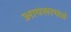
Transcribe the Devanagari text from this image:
आयसरमध्ये